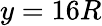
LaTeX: y=16R